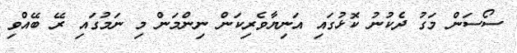
ސޯސަން މަގު ދެކުނު ކޮޅުގައި އަނިޔާވެރިކަން ނިންމަން މި ނަމުގައި ރޭ ބޭއްވި